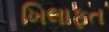
ખિલાફત